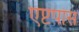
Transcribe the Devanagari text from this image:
एप्टपोस